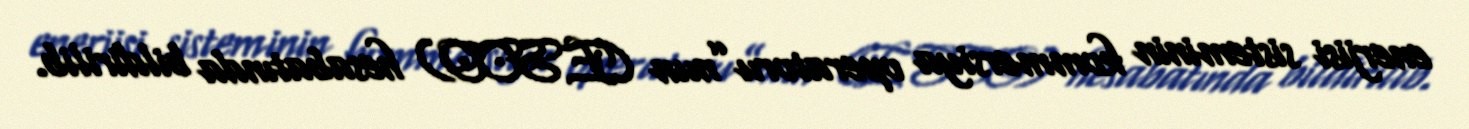
enerjisi sisteminin kommersiya operatoru”nun (ESCO) hesabatında bildirilib.